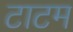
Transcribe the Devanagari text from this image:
टाटम